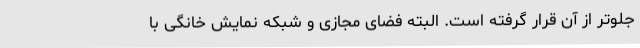
جلوتر از آن قرار گرفته است. البته فضای مجازی و شبکه نمایش خانگی با